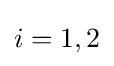
i=1,2